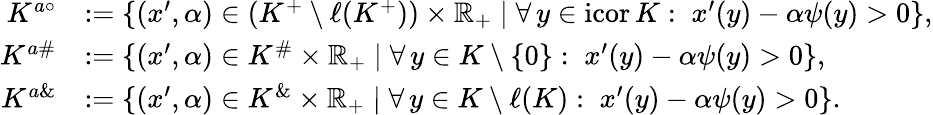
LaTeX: \begin{array}{rl}{K^{a\circ}}&{:=\{ (x^{\prime},\alpha)\in(K^{+}\setminus\ell(K^{+}))\times\mathbb{R}_{+}\mid\forall\, y\in\mathrm{icor}\, K:\; x^{\prime}(y)-\alpha\psi(y)>0\} ,}\\ {K^{a\# }}&{:=\{ (x^{\prime},\alpha)\in K^{\# }\times\mathbb{R}_{+}\mid\forall\, y\in K\setminus\{ 0\} :\; x^{\prime}(y)-\alpha\psi(y)>0\} ,}\\ {K^{a\& }}&{:=\{ (x^{\prime},\alpha)\in K^{\& }\times\mathbb{R}_{+}\mid\forall\, y\in K\setminus\ell(K):\; x^{\prime}(y)-\alpha\psi(y)>0\} .}\end{array}